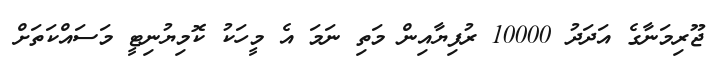
ޖޫރިމަނާގެ އަދަދު 10000 ރުފިޔާއިން މަތި ނަމަ އެ މީހަކު ކޮމިޔުނިޓީ މަސައްކަތަށް